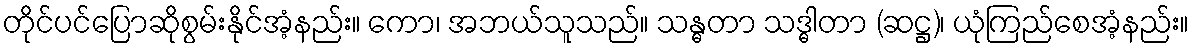
တိုင်ပင်ပြောဆိုစွမ်းနိုင်အံ့နည်း။ ကော၊ အဘယ်သူသည်။ သန္ဓတာ သဒ္ဓါတာ (ဆဋ္ဌ)၊ ယုံကြည်စေအံ့နည်း။